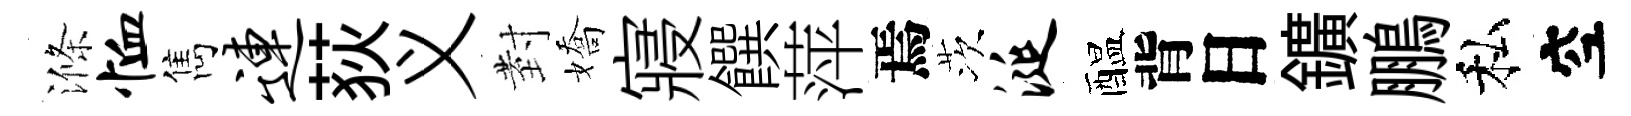
滌恤雋连荻义𭔹嬌寢饌萍焉茨涎醖背日鑛鵬私空